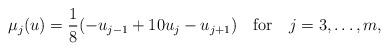
LaTeX: \begin{align*} \mu_j(u)=\frac{1}{8}(-u_{j-1}+10u_j-u_{j+1}) ~~~\mbox{for }~~j=3,\ldots,m,\end{align*}